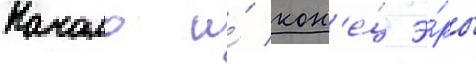
Начало и́ кон'е́ц э́ры